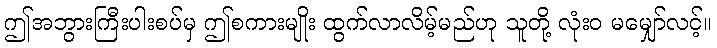
ဤအဘွားကြီးပါးစပ်မှ ဤစကားမျိုး ထွက်လာလိမ့်မည်ဟု သူတို့ လုံးဝ မမျှော်လင့်။